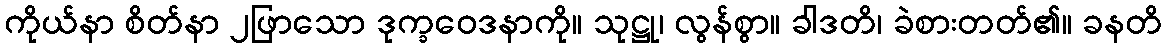
ကိုယ်နာ စိတ်နာ ၂ဖြာသော ဒုက္ခဝေဒနာကို။ သုဋ္ဌု၊ လွန်စွာ။ ခါဒတိ၊ ခဲစားတတ်၏။ ခနတိ